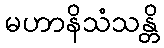
မဟာနိသံသန္တိ